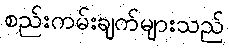
စည်းကမ်းချက်များသည်